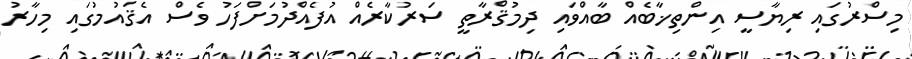
މިސްރުގައި ރިޔާސީ އިންތިޚާބެއް ބާއްވައި ދިމުޤްރާތީ ސަރުކާރެއް އުފެއްދުމަށްފަހު ވެސް އެޤައުމުގައި މިހާރު